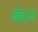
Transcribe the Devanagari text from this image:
बेद्दन